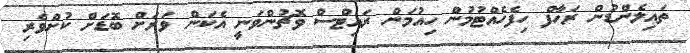
ތައިލެންޑުން ރަހާފް ހިފެހެއްޓުމުން ހިއުމަން ރައިޓްސް ވޮޗުންވަނީ އެކަން ވަރަށް ބޮޑަށް ކުށްވެރި